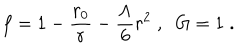
f = 1 - \frac { r _ { 0 } } { r } - \frac { \Lambda } { 6 } r ^ { 2 } \; , \; \; G = 1 \; .